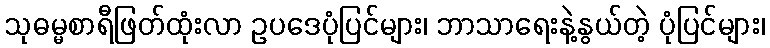
သုဓမ္မစာရီဖြတ်ထုံးလာ ဥပဒေပုံပြင်များ၊ ဘာသာရေးနဲ့နွယ်တဲ့ ပုံပြင်များ၊